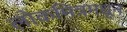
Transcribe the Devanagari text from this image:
लोकमित्रमधून